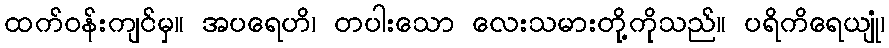
ထက်ဝန်းကျင်မှ။ အပရေဟိ၊ တပါးသော လေးသမားတို့ကိုသည်။ ပရိကိရေယျုံ၊